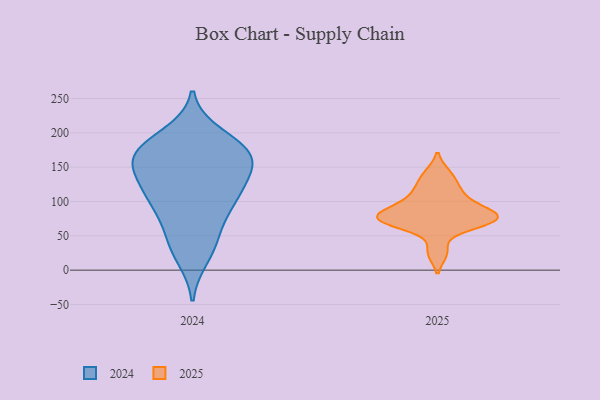
{"axis": {"x": "Bounce Rate (%)", "y": "Value"}, "legend": ["2024", "2025"], "data": [{"x": "", "y": 123, "type": "2024"}, {"x": "", "y": 170, "type": "2024"}, {"x": "", "y": 140, "type": "2024"}, {"x": "", "y": 169, "type": "2024"}, {"x": "", "y": 98, "type": "2024"}, {"x": "", "y": 20, "type": "2024"}, {"x": "", "y": 86, "type": "2024"}, {"x": "", "y": 151, "type": "2024"}, {"x": "", "y": 171, "type": "2024"}, {"x": "", "y": 147, "type": "2024"}, {"x": "", "y": 42, "type": "2024"}, {"x": "", "y": 108, "type": "2024"}, {"x": "", "y": 196, "type": "2024"}, {"x": "", "y": 177, "type": "2024"}, {"x": "", "y": 100, "type": "2024"}, {"x": "", "y": 176, "type": "2024"}, {"x": "", "y": 44, "type": "2024"}, {"x": "", "y": 76, "type": "2025"}, {"x": "", "y": 86, "type": "2025"}, {"x": "", "y": 107, "type": "2025"}, {"x": "", "y": 74, "type": "2025"}, {"x": "", "y": 121, "type": "2025"}, {"x": "", "y": 75, "type": "2025"}, {"x": "", "y": 26, "type": "2025"}, {"x": "", "y": 71, "type": "2025"}, {"x": "", "y": 69, "type": "2025"}, {"x": "", "y": 92, "type": "2025"}, {"x": "", "y": 140, "type": "2025"}]}